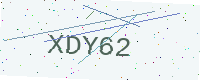
Text: XDY62